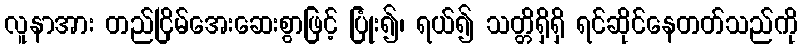
လူနာအား တည်ငြိမ်အေးဆေးစွာဖြင့် ပြုံး၍၊ ရယ်၍ သတ္တိရှိရှိ ရင်ဆိုင်နေတတ်သည်ကို